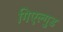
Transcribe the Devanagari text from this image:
गिएल्गुड